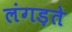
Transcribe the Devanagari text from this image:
लंगड़ते